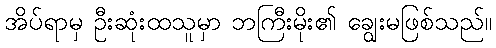
အိပ်ရာမှ ဦးဆုံးထသူမှာ ဘကြီးမိုး၏ ချွေးမဖြစ်သည်။